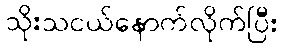
သိုးသငယ်နောက်လိုက်ပြီး